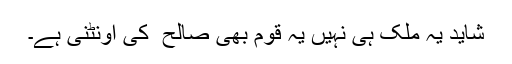
شاید یہ ملک ہی نہیں یہ قوم بھی صالح ؐ کی اونٹنی ہے۔